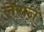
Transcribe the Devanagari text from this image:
लॅसन